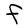
Character: F